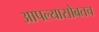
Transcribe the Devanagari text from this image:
आपल्यासोबतच